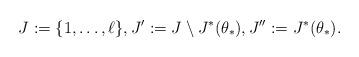
LaTeX: \begin{align*}J := \{1,\dots,\ell\},J' := J \setminus J^*(\theta_*),J'' :=J^*(\theta_*).\end{align*}